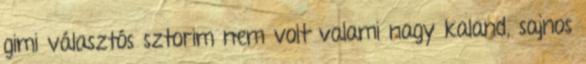
gimi választós sztorim nem volt valami nagy kaland, sajnos